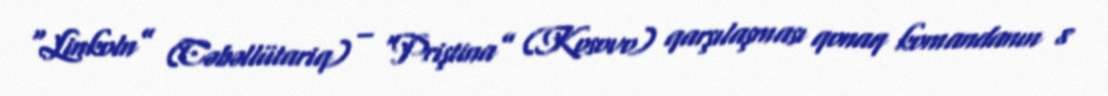
“Linkoln” (Cəbəllütariq) – “Priştina” (Kosovo) qarşılaşması qonaq komandanın 8